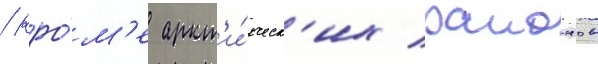
/ кро́м'е аркт'и́ческ'их раионов